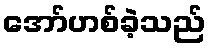
အော်ဟစ်ခဲ့သည်